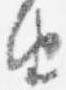
由